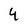
Character: 4